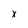
Character: x